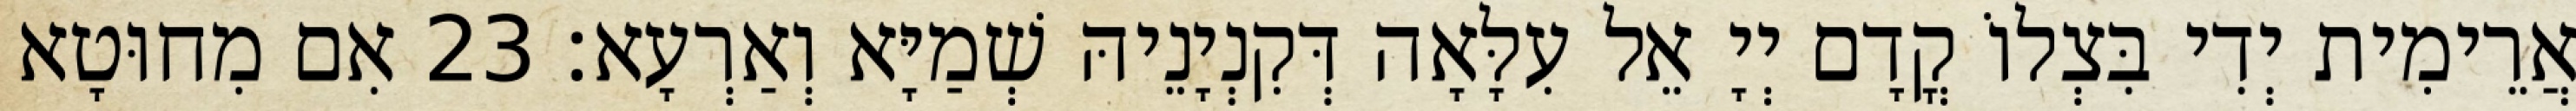
אֲרֵימִית יְדִי בִּצְלוֹ קֳדָם יְיָ אֵל עִלָּאָה דְּקִנְיָנֵיהּ שְׁמַיָּא וְאַרְעָא׃ 23 אִם מִחוּטָא